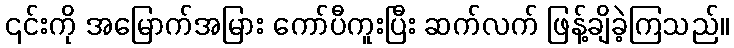
၎င်းကို အမြောက်အမြား ကော်ပီကူးပြီး ဆက်လက် ဖြန့်ချိခဲ့ကြသည်။